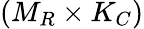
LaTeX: (M_{R}\times K_{C})